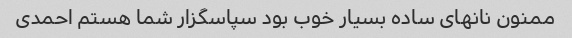
ممنون نانهای ساده بسیار خوب بود سپاسگزار شما هستم احمدی